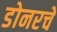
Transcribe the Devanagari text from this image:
डोनरचे